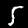
Label: 5